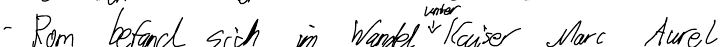
- Rom befand sich im Wandel unter Kaiser Marc Aurel